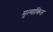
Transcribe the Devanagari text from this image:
मूल्‍यांकित